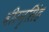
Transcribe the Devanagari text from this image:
वीरनृसिंह